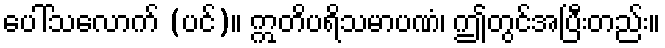
ပေါ်သလောက် (ပင်)။ ဣတိပရိသမာပဏံ၊ ဤတွင်အပြီးတည်း။